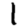
Digit: 1